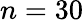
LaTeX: n=30